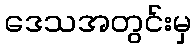
ဒေသအတွင်းမှ